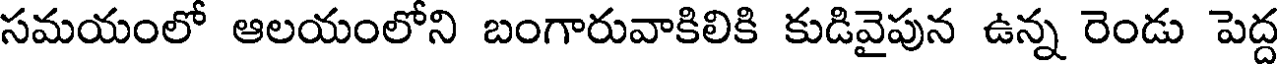
సమయంలో ఆలయంలోని బంగారువాకిలికి కుడివైపున ఉన్న రెండు పెద్ద